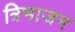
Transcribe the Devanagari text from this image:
त्रिभाजन